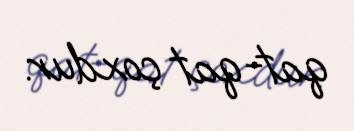
qat-qat çoxdur.